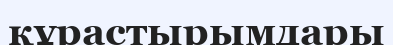
құрастырымдары